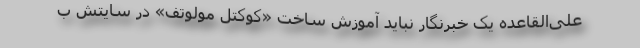
علی‌القاعده یک خبرنگار نباید آموزش ساخت «کوکتل مولوتف» در سایتش ب